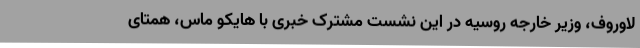
لاوروف، وزیر خارجه روسیه در این نشست مشترک خبری با هایکو ماس، همتای